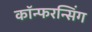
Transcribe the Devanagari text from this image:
कॉन्फरन्सिंग